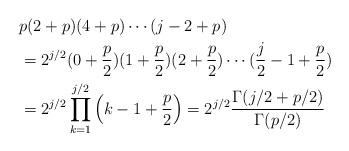
LaTeX: \begin{align*}&p(2+p)(4+p)\cdots (j-2+p)\\&=2^{j/2}(0+\frac{p}{2})(1+\frac{p}{2})(2+\frac{p}{2})\cdots (\frac{j}{2}-1+\frac{p}{2})\\&=2^{j/2}\prod_{k=1}^{j/2} \Big( k-1 +\frac{p}{2}\Big)=2^{j/2}\frac{\Gamma(j/2+p/2)}{\Gamma(p/2)}\end{align*}